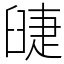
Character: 䑖